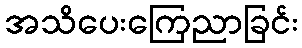
အသိပေးကြေညာခြင်း